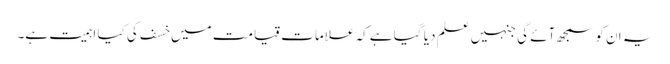
یہ ان کو سمجھ آئے گی جنہیں علم دیا گیا ہے کہ علامات قیامت میں خسف کی کیا اہمیت ہے۔